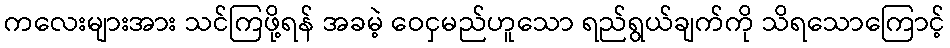
ကလေးများအား သင်ကြဖို့ရန် အခမဲ့ ဝေငှမည်ဟူသော ရည်ရွယ်ချက်ကို သိရသောကြောင့်